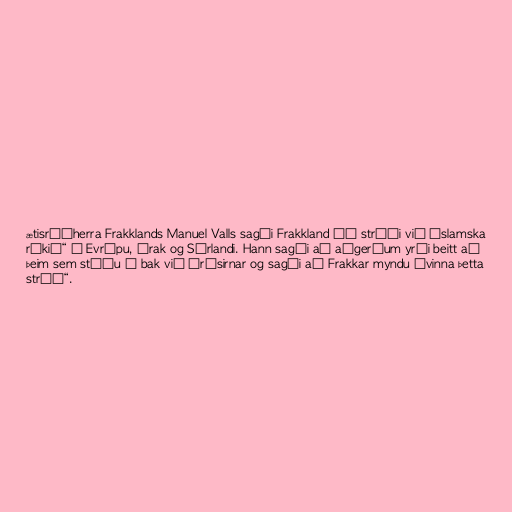
ætisráðherra Frakklands Manuel Valls sagði Frakkland „í stríði við Íslamska
ríkið“ í Evrópu, Írak og Sýrlandi. Hann sagði að aðgerðum yrði beitt að
þeim sem stóðu á bak við árásirnar og sagði að Frakkar myndu „vinna þetta
stríð“.